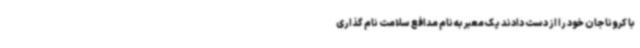
با کرونا جان خود را از دست دادند یک معبر به نام مدافع سلامت نام گذاری